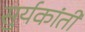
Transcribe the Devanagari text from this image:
सुर्यकांती